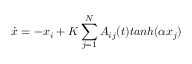
\dot { x } = - x _ { i } + K \sum _ { j = 1 } ^ { N } A _ { i j } ( t ) t a n h ( \alpha x _ { j } )